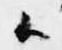
候